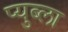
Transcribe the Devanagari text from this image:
प्युब्ला